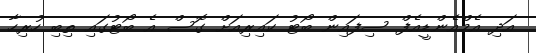
އަދި އެމްއެންޑީއެފް ސިފައިން ބޯޓު ކައިރިއަށް ގޮސް އެ ބޯޓުގައި ތިބި ހުރިހާ